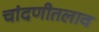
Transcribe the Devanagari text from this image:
चांदणीतलाव